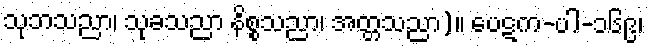
သုဘသညာ၊ သုခသညာ နိစ္စသညာ၊ အတ္တသညာ)။ ပေဋက-ပါ-၁၆၉၊